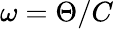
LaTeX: \omega=\Theta/C